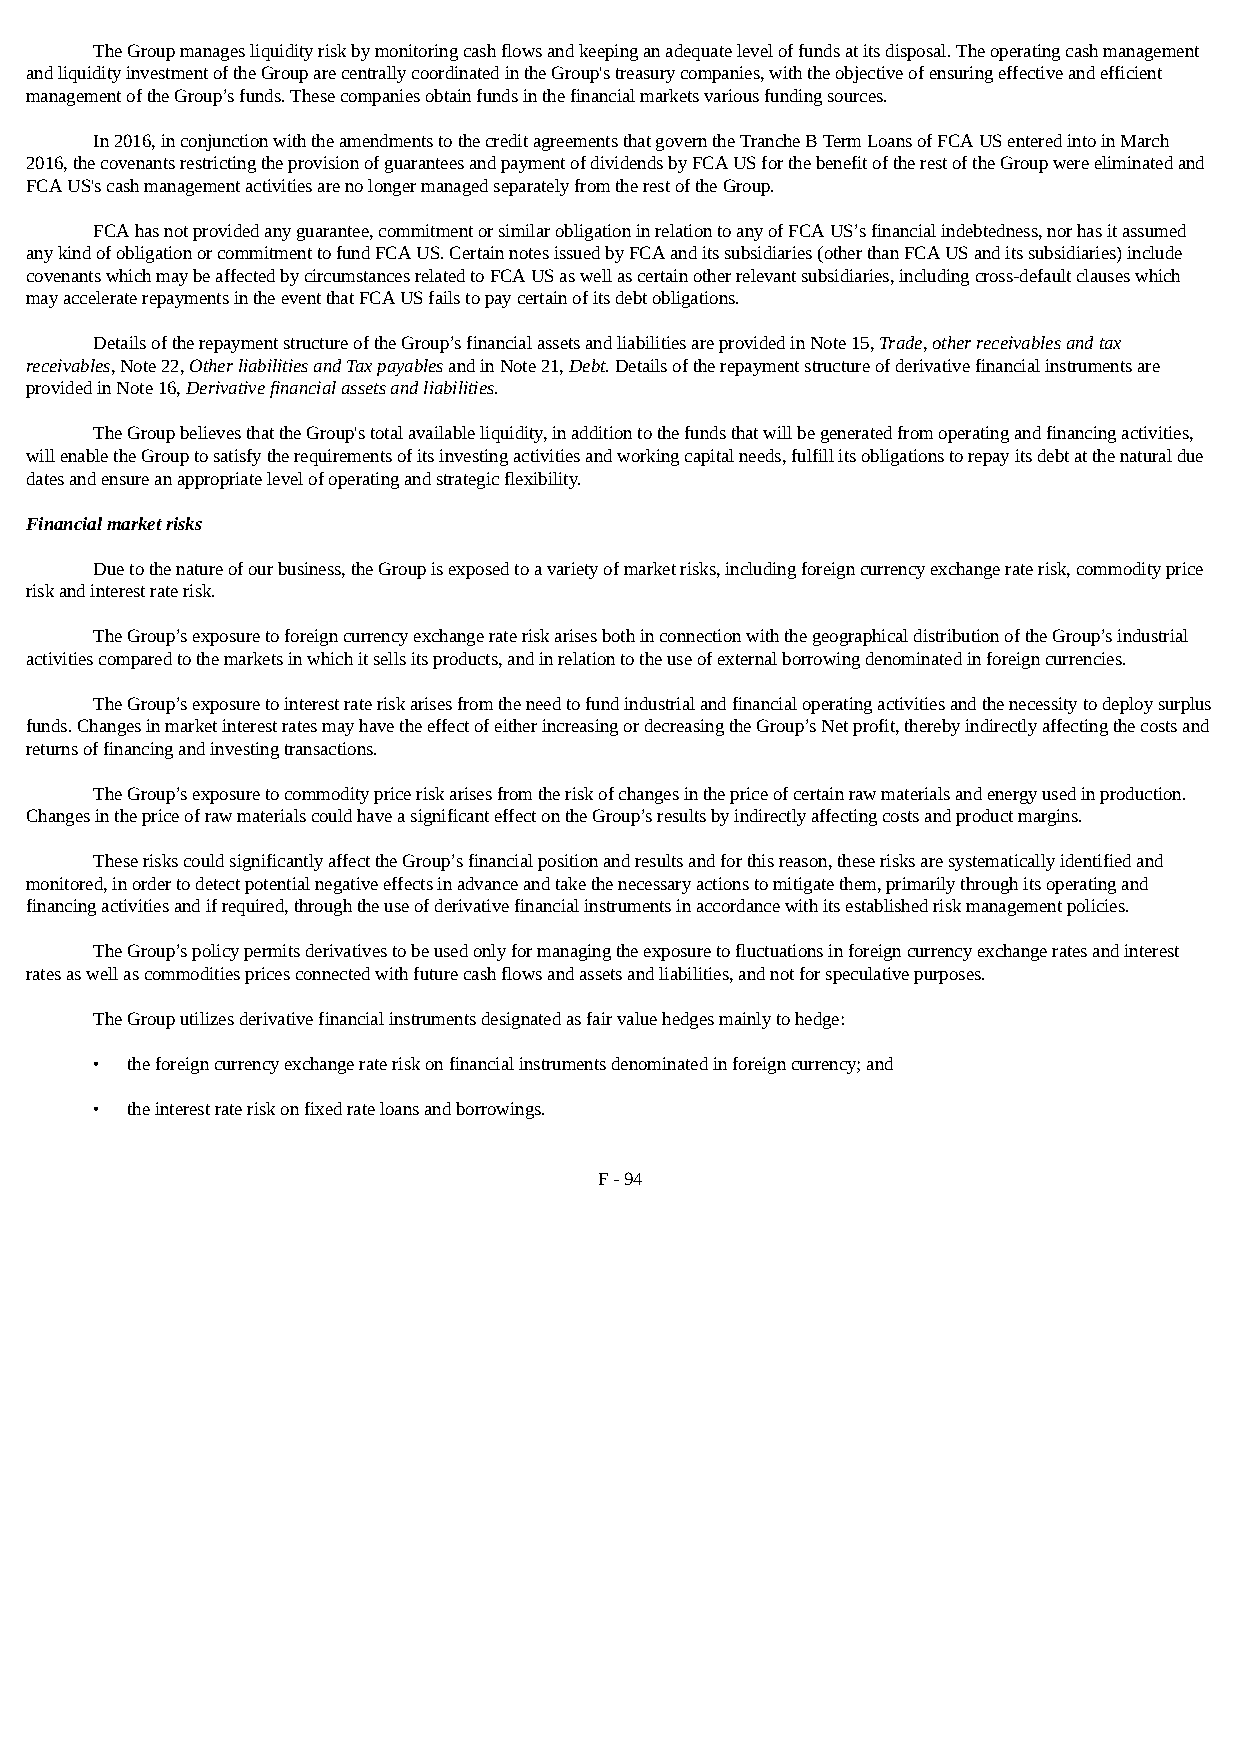
The Group manages liquidity risk by monitoring cash flows and keeping an adequate level of funds at its disposal. The operating cash management
 and liquidity investment of the Group are centrally coordinated in the Group's treasury companies, with the objective of ensuring effective and efficient
 management of the Group’s funds. These companies obtain funds in the financial markets various funding sources.
 In 2016, in conjunction with the amendments to the credit agreements that govern the Tranche B Term Loans of FCA US entered into in March
 2016, the covenants restricting the provision of guarantees and payment of dividends by FCA US for the benefit of the rest of the Group were eliminated and
 FCA US's cash management activities are no longer managed separately from the rest of the Group.
 FCA has not provided any guarantee, commitment or similar obligation in relation to any of FCA US’s financial indebtedness, nor has it assumed
 any kind of obligation or commitment to fund FCA US. Certain notes issued by FCA and its subsidiaries (other than FCA US and its subsidiaries) include
 covenants which may be affected by circumstances related to FCA US as well as certain other relevant subsidiaries, including cross-default clauses which
 may accelerate repayments in the event that FCA US fails to pay certain of its debt obligations.
 Details of the repayment structure of the Group’s financial assets and liabilities are provided in Note 15, Trade, other receivables and tax
 receivables, Note 22, Other liabilities and Tax payables and in Note 21, Debt. Details of the repayment structure of derivative financial instruments are
 provided in Note 16, Derivative financial assets and liabilities.
 The Group believes that the Group's total available liquidity, in addition to the funds that will be generated from operating and financing activities,
 will enable the Group to satisfy the requirements of its investing activities and working capital needs, fulfill its obligations to repay its debt at the natural due
 dates and ensure an appropriate level of operating and strategic flexibility.
 Financial market risks
 Due to the nature of our business, the Group is exposed to a variety of market risks, including foreign currency exchange rate risk, commodity price
 risk and interest rate risk.
 The Group’s exposure to foreign currency exchange rate risk arises both in connection with the geographical distribution of the Group’s industrial
 activities compared to the markets in which it sells its products, and in relation to the use of external borrowing denominated in foreign currencies.
 The Group’s exposure to interest rate risk arises from the need to fund industrial and financial operating activities and the necessity to deploy surplus
 funds. Changes in market interest rates may have the effect of either increasing or decreasing the Group’s Net profit, thereby indirectly affecting the costs and
 returns of financing and investing transactions.
 The Group’s exposure to commodity price risk arises from the risk of changes in the price of certain raw materials and energy used in production.
 Changes in the price of raw materials could have a significant effect on the Group’s results by indirectly affecting costs and product margins.
 These risks could significantly affect the Group’s financial position and results and for this reason, these risks are systematically identified and
 monitored, in order to detect potential negative effects in advance and take the necessary actions to mitigate them, primarily through its operating and
 financing activities and if required, through the use of derivative financial instruments in accordance with its established risk management policies.
 The Group’s policy permits derivatives to be used only for managing the exposure to fluctuations in foreign currency exchange rates and interest
 rates as well as commodities prices connected with future cash flows and assets and liabilities, and not for speculative purposes.
 The Group utilizes derivative financial instruments designated as fair value hedges mainly to hedge:
 • the foreign currency exchange rate risk on financial instruments denominated in foreign currency; and
 • the interest rate risk on fixed rate loans and borrowings.
 F - 94